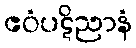
ဧဝံပဋိညာနံ